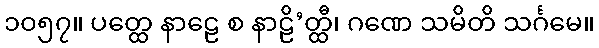
၁၀၅၇။ ပတ္ထေ နာဠေ စ နာဠိ’တ္ထီ၊ ဂဏေ သမိတိ သင်္ဂမေ။